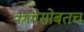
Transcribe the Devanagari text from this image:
कलेसोबतच